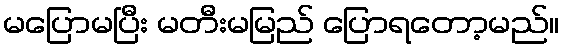
မပြောမပြီး မတီးမမြည် ပြောရတော့မည်။